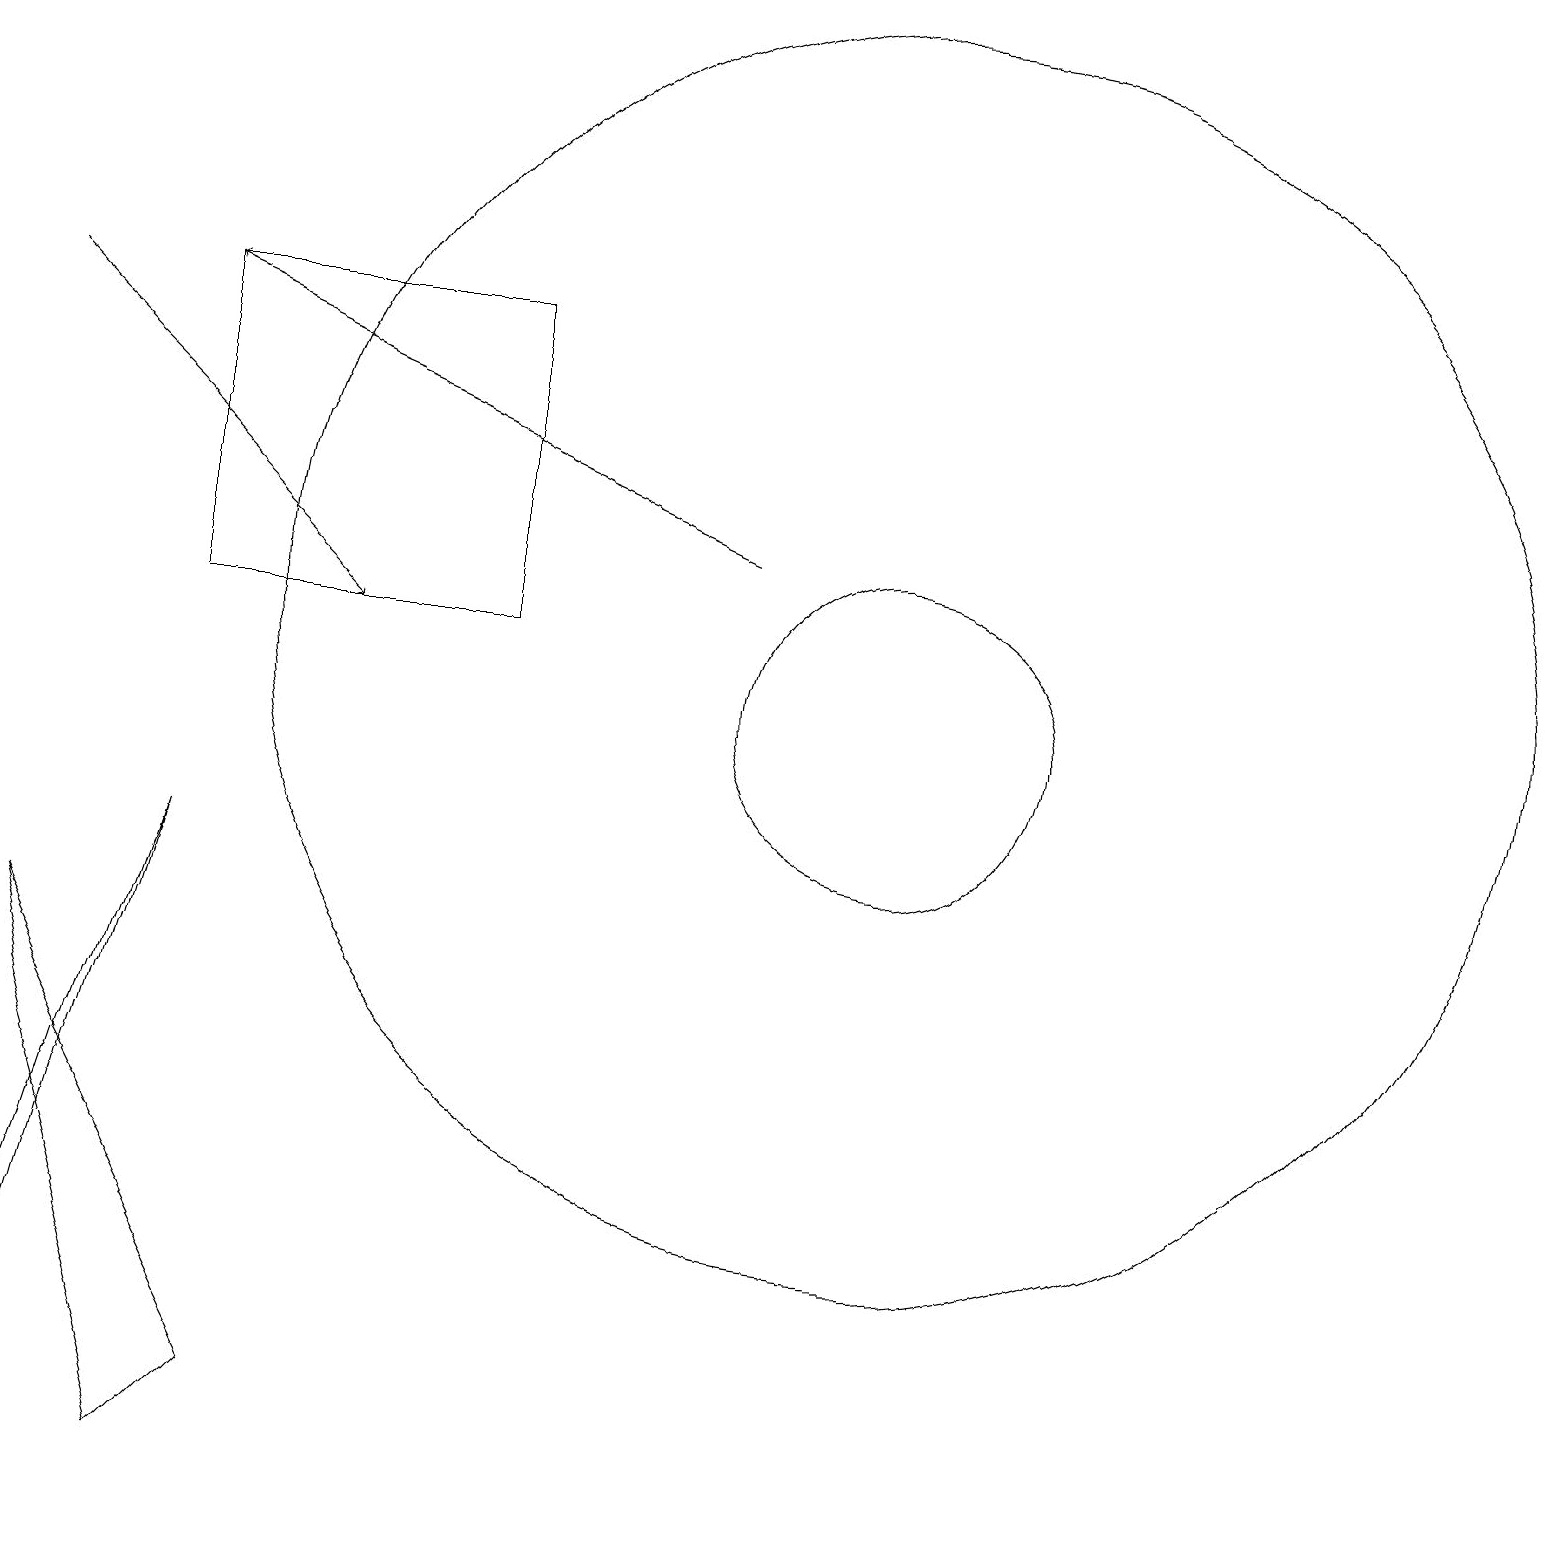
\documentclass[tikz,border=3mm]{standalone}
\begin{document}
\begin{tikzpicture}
\draw (2,9) -- (0,3) -- (0,2) -- cycle;
\draw (2,12) rectangle (6,16);
\draw[->] (0,16) -- (4,12);
\draw (10,11) circle (0);
\draw (0,8) -- (3,2) -- (2,1) -- cycle;
\draw (11,12) circle (8);
\draw (11,11) circle (2);
\draw[->] (9,13) -- (2,16);
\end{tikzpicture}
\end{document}